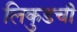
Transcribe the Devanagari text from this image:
लिकुडची